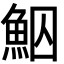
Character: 鮂